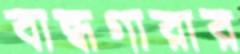
বান্ধগারার